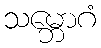
သမ္ဘောဂံ